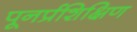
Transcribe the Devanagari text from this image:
पूनर्प्रशिक्षिण